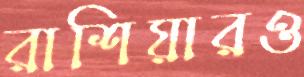
রাশিয়ারও